Insane asylums in Bengal annual reports 1867-1875 - 1867-1875
Year: 1867
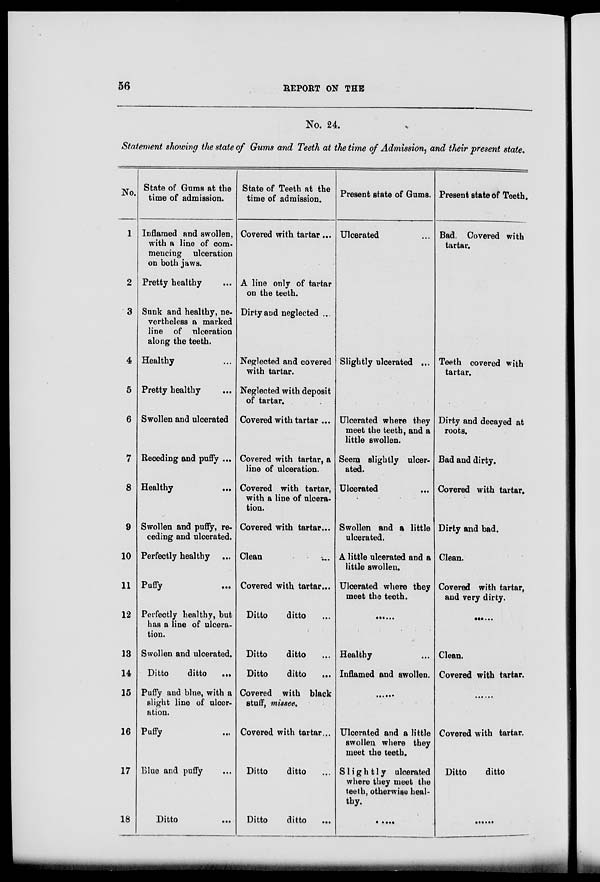
56
REPORT ON THE
No. 24.
Statement showing the state of Gums and Teeth at the time of Admission, and their present state.
No.
1
2
3
4
5
6
7
8
9
10
11
12
13
14
15
16
17
18
State of Gums at the
time of admission.
Inflamed and swollen,
with a line of com¬
mencing ulceration
on both jaws.
Pretty healthy ...
Sunk and healthy, ne¬
vertheless a marked
line of ulceration
along the teeth.
Healthy ...
Pretty healthy ...
Swollen and ulcerated
Receding and puffy ...
Healthy ...
Swollen and puffy, re-
ceding and ulcerated.
Perfectly healthy ...
Puffy ...
Perfectly healthy, but
has a line of ulcera-
tion.
Swollen and ulcerated.
Ditto
ditto
...
Puffy and blue, with a
slight line of ulcer-
ation.
Puffy ...
Blue and puffy ...
Ditto ...
State of Teeth at the
time of admission.
Covered with tartar...
A line only of tartar
on the teeth.
Dirty and neglected ...
Neglected and covered
with tartar.
Neglected with deposit
of tartar.
Covered with tartar ...
Covered with tartar, a
line of ulceration.
Covered with tartar,
with a line of ulcera-
tion.
Covered with tartar...
Clean ...
Covered with tartar...
Ditto
ditto ...
Ditto
ditto ...
Ditto
ditto ...
Covered with black
stuff, missee.
Covered with tartar...
Ditto
ditto ...
Ditto
ditto
...
Present state of Gums.
Ulcerated ...
Slightly ulcerated ...
Ulcerated where they
meet the teeth, and a
little swollen.
Seem slightly ulcer-
ated.
Ulcerated ...
Swollen and a little
ulcerated.
A little ulcerated and a
little swollen.
Ulcerated where they
meet the teeth.
......
Healthy ...
Inflamed and swollen.
......
Ulcerated and a little
swollen where they
meet the teeth.
Slightly ulcerated
where they meet the
teeth, otherwise heal-
thy.
...
Present state of Teeth.
Bad. Covered with
tartar.
Teeth covered with
tartar.
Dirty and decayed at
roots.
Bad and dirty.
Covered with tartar.
Dirty and bad.
Clean.
Covered with tartar,
and very dirty.
......
Clean.
Covered with tartar.
......
Covered with tartar.
Ditto
ditto
......